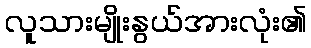
လူသားမျိုးနွယ်အားလုံး၏